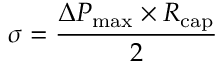
\sigma = { \frac { \Delta P _ { \mathrm { { m a x } } } \times R _ { \mathrm { { c a p } } } } { 2 } }